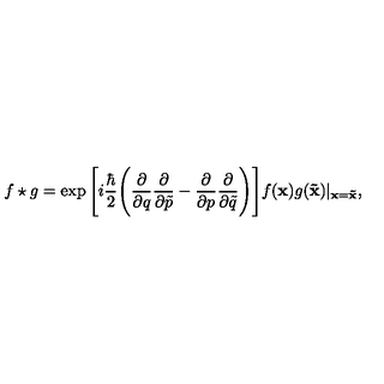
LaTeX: f \star g = \exp \Bigg [ i \frac { \hbar } { 2 } \Bigg ( \frac { \partial } { \partial q } \frac { \partial } { \partial \tilde { p } } - \frac { \partial } { \partial p } \frac { \partial } { \partial \tilde { q } } \Bigg ) \Bigg ] f ( { \bf x } ) g ( { \bf \tilde { x } } ) \vert _ { { \bf x } = { \bf \tilde { x } } } ,